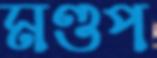
মণ্ডপ